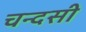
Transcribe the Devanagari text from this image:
चन्दसी